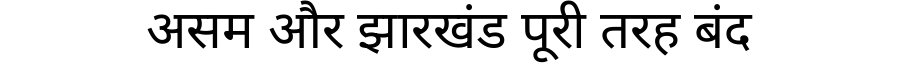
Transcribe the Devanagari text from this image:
असम और झारखंड पूरी तरह बंद